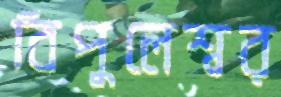
বিপুলেশ্বর